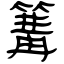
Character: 篝